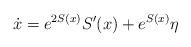
LaTeX: \begin{align*}\dot{x}=e^{2S(x)}S'(x)+e^{S(x)}\eta\end{align*}